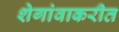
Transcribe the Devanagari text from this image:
शेगांवाकरीत